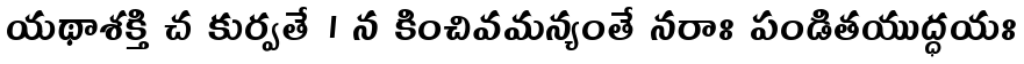
యథాశక్తి చ కుర్వతే । న కించివమన్యంతే నరాః పండితయుద్ధయః